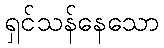
ရှင်သန်နေသော